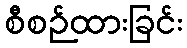
စီစဉ်ထားခြင်း